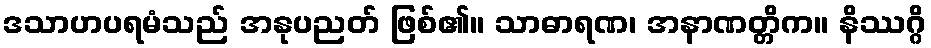
ဒသာဟပရမံသည် အနုပညတ် ဖြစ်၏။ သာဓာရဏ၊ အနာဏတ္တိက။ နိဿဂ္ဂိ